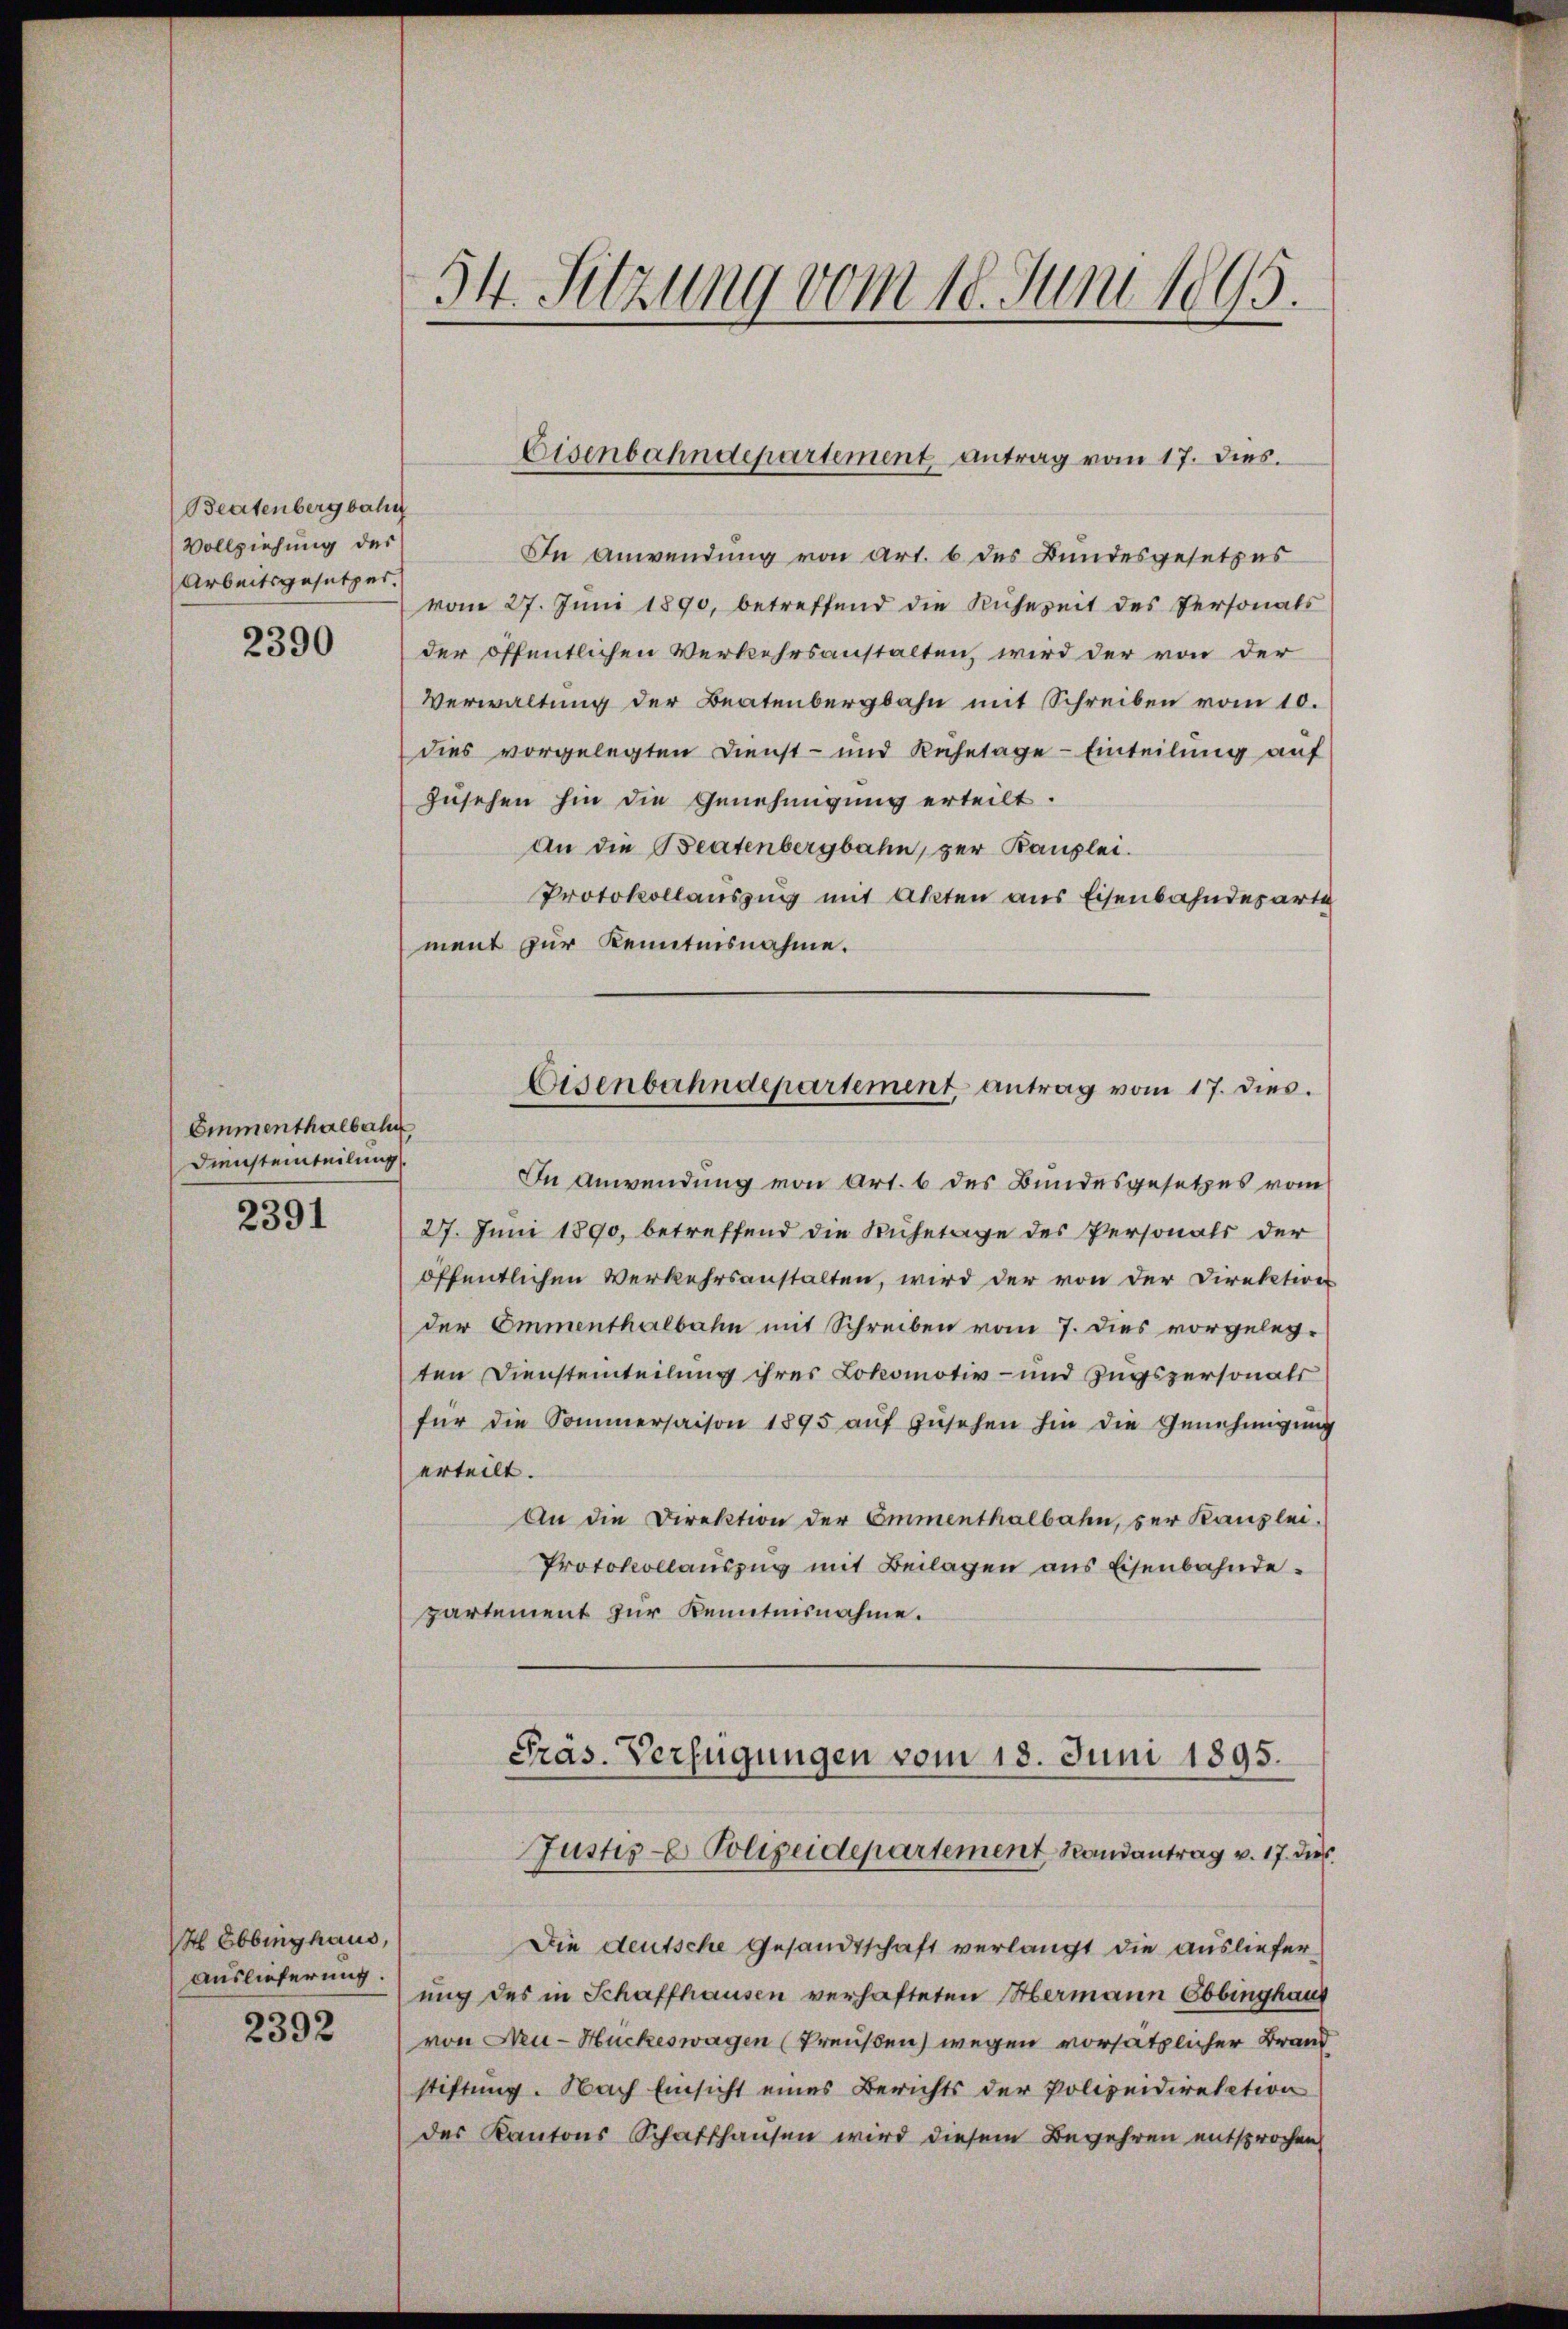
Beatenbergbahn
Vollziehung des
Arbeitsgesetzes.

2390

Emmenthalbahn
Diensteinteilung

2391

H Ebbinghaus,
Auslieferung.
2392

34. Sitzung vom 10. Juni 1895.

In Anwendung von Art. 6 des Bundesgesetzes
vom 27. Juni 1890, betreffend die Ruhezeit des Personals
der öffentlichen Verkehrsanstalten, wird der von der
Verwaltung der Beatenbergbahn mit Schreiben vom 10.
dies vorgelegten Dienst- und Ruhetage - Einteilung auf
zusehen hin die Genehmigung erteilt.
An die Beatenbergbahn, zur Kanzlei.
Protokollauszug mit Akten aus Eisenbahndesarte
ment zur Kenntnisnahme.
Eisenbahndepartement, antrag vom 17. dies.
In Anwendung von Art. 6 des Bundesgesetzes vom
27. Juni 1890, betreffend die Ruhetage des Personals der
öffentlichen Verkehrsanstalten, wird der von der Direktion
der Emmenthalbahn mit Schreiben vom 7. dies vorgelegten Diensteinteilung ihres Lokomotiv- und Zugspersonats
für die Sommersaison 1895 aŭf Zŭsehen hin die Genehmigung
erteilt.
An die Direktion der Emmenthalbahn, der Kanzlei.
Protokollauszug mit Beilagen aus Eisenbahndepartement zur Kenntnisnahme.

Eisenbahndepartement, antrag vom 17. dies.

Präs. Verfügungen vom 18. Juni 1895.
Justiz- Polizeidepartement Randantrag v. 17. die

Die deutsche Gesandtschaft verlangt die Ausliefer
ung des in Schaffhausen verhafteten Abermann Ebbinghaus
von Neu-Huckeswagen (Preußen) wegen vorsätzlicher Brand
stiftung. Nach Einsicht eines Berichts der Polizeidirektion
der Kantons Schaffhausen wird diesem Begehren entsprochen